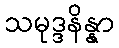
သမုဒ္ဒနိန္နာ